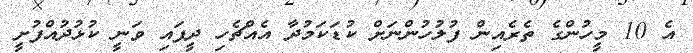
އެ 10 މީހުންގެ ތެރެއިން ފުލުހުންނަށް ކުޑަކަމުދާ އެއްޗެހި ދީފައި ވަނީ ކުޅުދުއްފުށީ